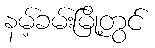
နမ့်ခမ်းမြို့တွင်